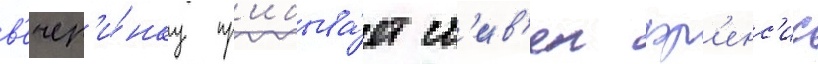
в'ечер'и́нку пр'ибыва́ет ст'ив'ен фр'енс'ис